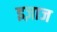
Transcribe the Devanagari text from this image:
इज़ाज